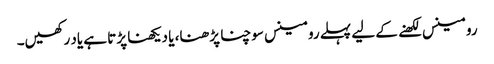
رومینس لکھنے کے لیے پہلے رومینس سوچنا پڑھنا، یا دیکھنا پڑتا ہے یاد رکھیں۔